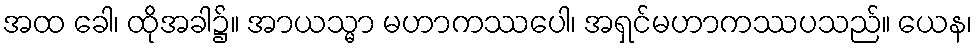
အထ ခေါ၊ ထိုအခါ၌။ အာယသ္မာ မဟာကဿပေါ၊ အရှင်မဟာကဿပသည်။ ယေန၊